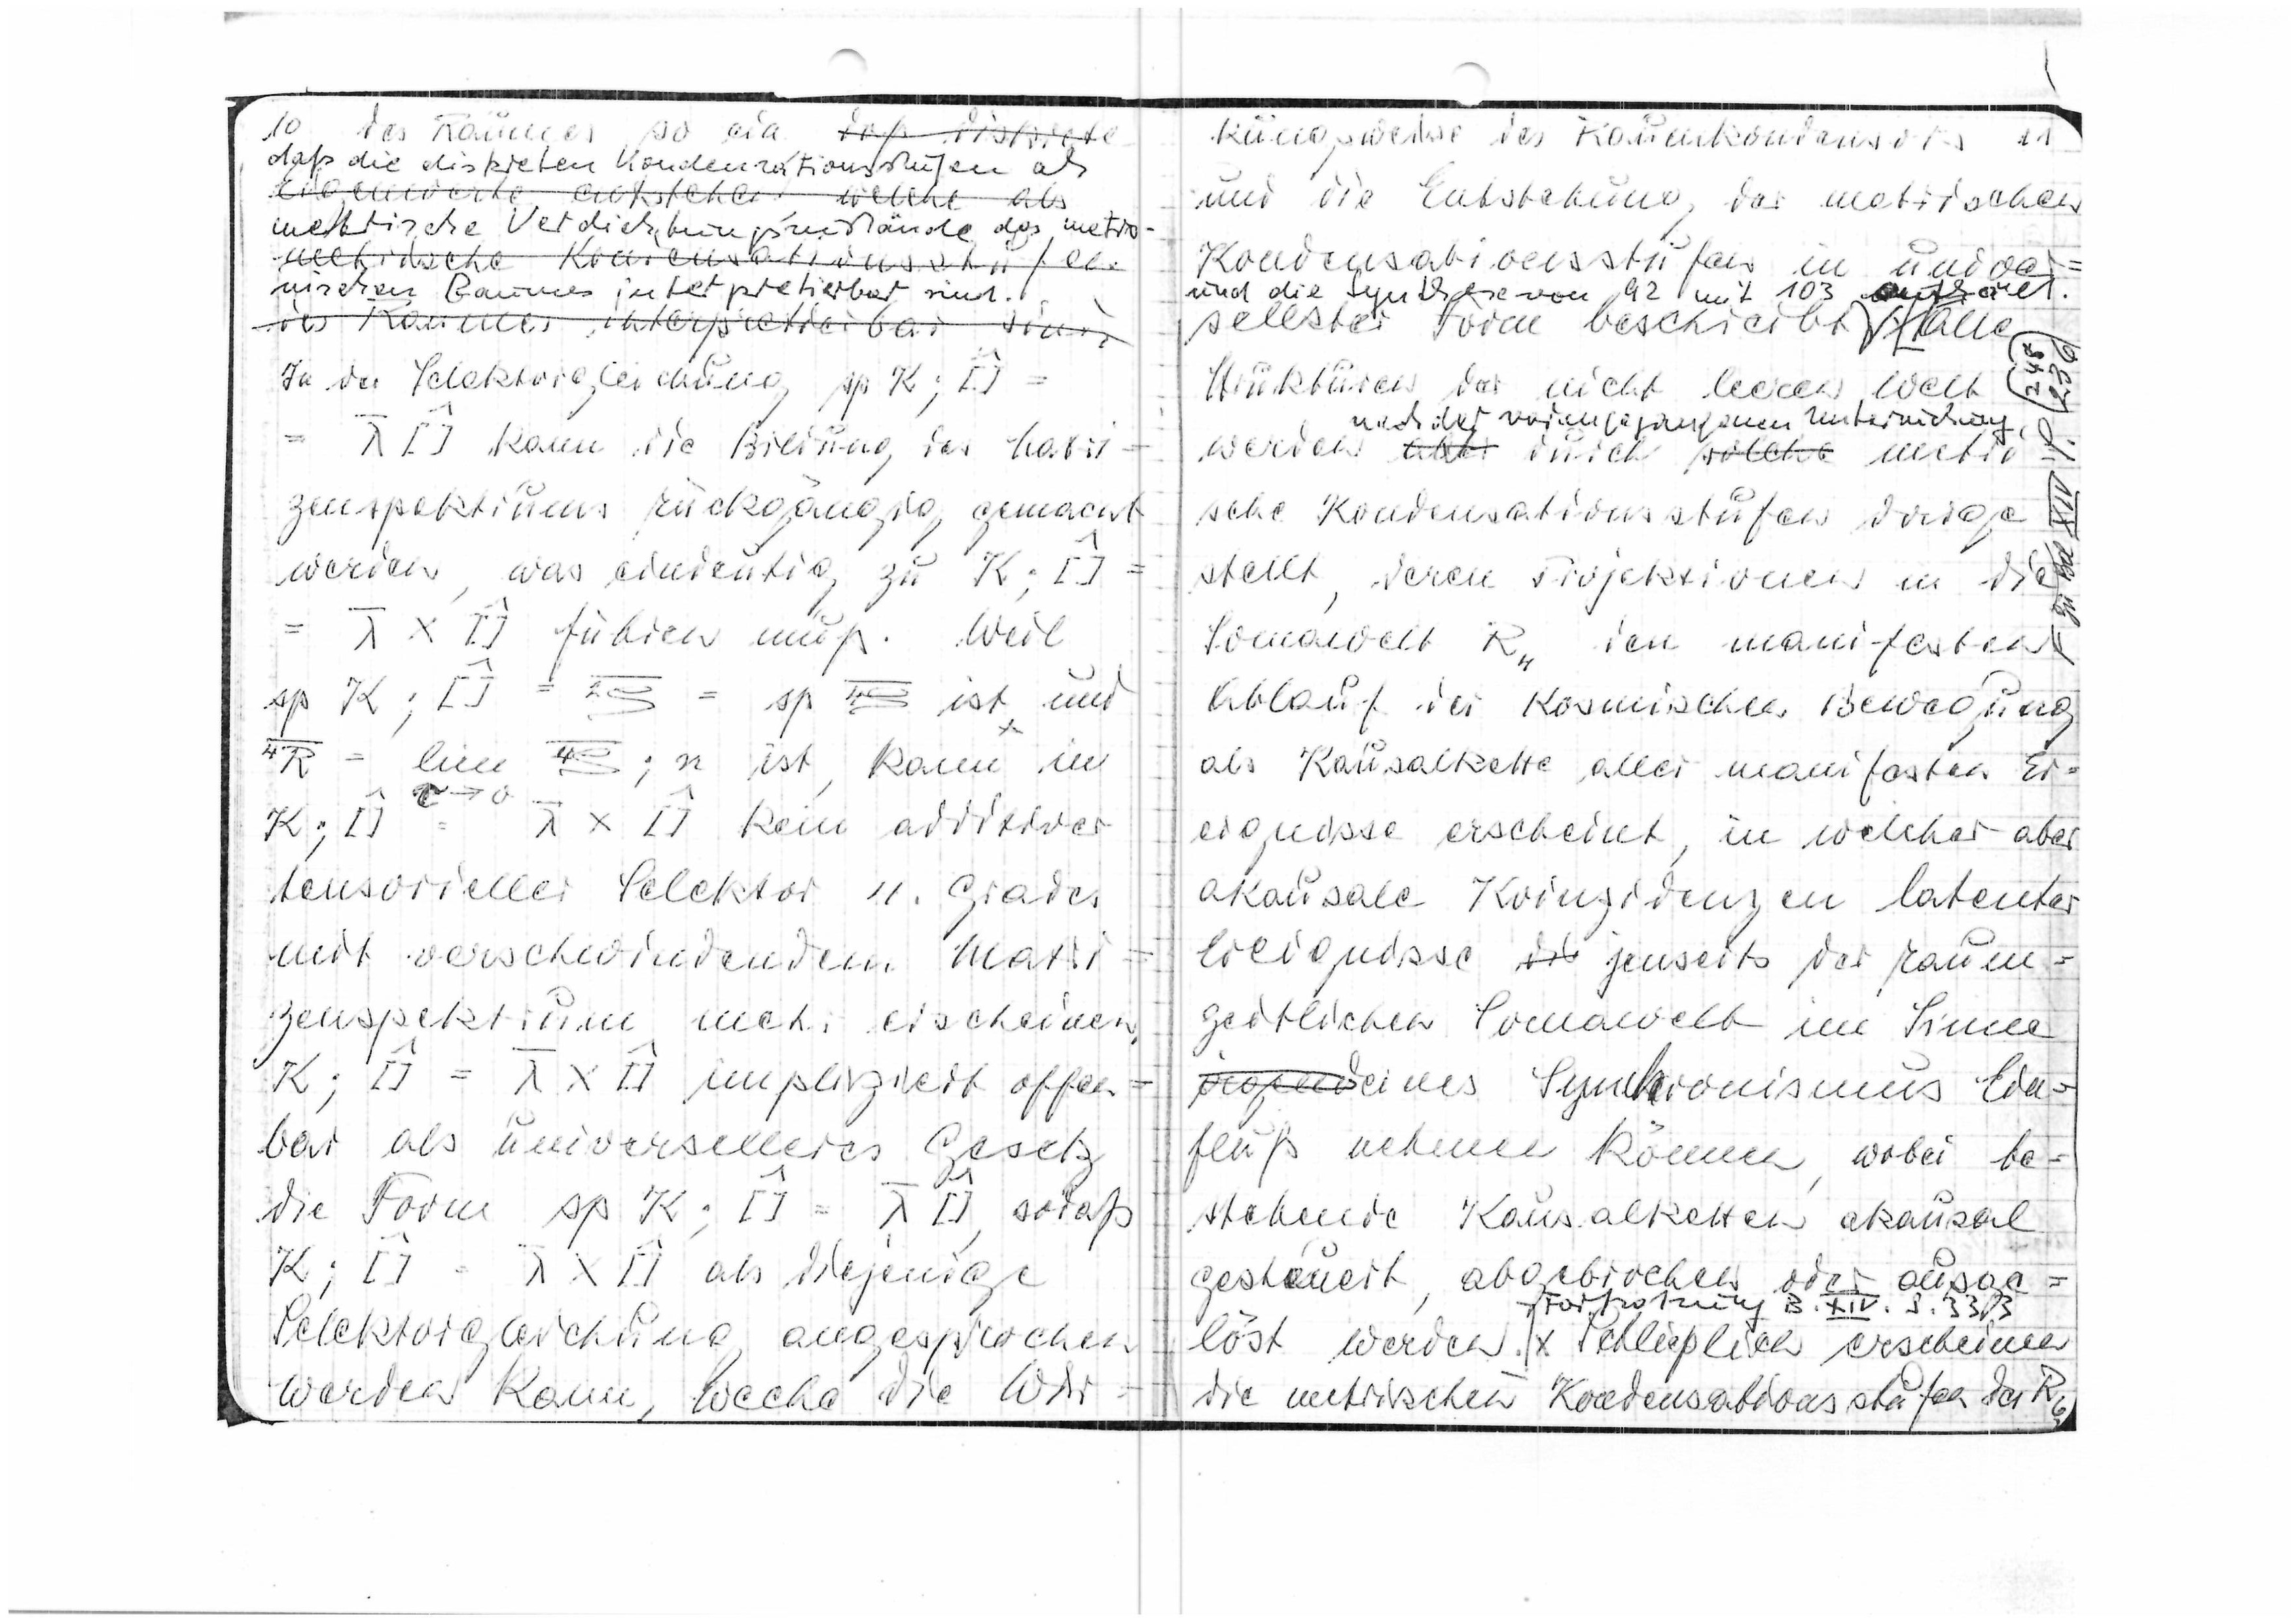
10
des Raumes so ein, daß diskrete
daß die diskreten Kondensationsstufen als
metrische Verdichtungszustände des metro
nischen Raumes interpretierbar sind.
In der Selektorgleichung Δp K;[]
= λ [] kann die Kreuzung des Matri
zenspektrums rückgängig gemacht
werden, was eindeutig zu K;[]
λ x [] führen muß. Weil
ist, dann im
kein additiver
tensorieller Selektor 4. Grades
=
mit verschwindendem Matri
zenspektrum mehr erscheinen,
impliziert offen
bar als universelleres Gesetz
die Form Δp K;[] = λ[], sa daß
K;[] = λ x [] als diejenige
Selektorgleichung angesprochen
werden kann, welche die Wir

kungsweise des Raumkondenssors
und die Entstehung der metrischen
Kondensationsstufen in univer
und die Synthese von 92 mit 103 enthält
sellster Form beschreibt. Alle
Strukturen vor nicht le Welt
und der voransgegandenen Untersuchung
werden als durch solche metr
sche Kondensationsstufen vorge
stellt, deren Projektionen in die
Somawelt R4 in manifester
Ablauf der kosmischen Bewegung
als Kausalkette aller manifeste Er
eignisse erscheint, in welcher aber
akausale Koinzidenzen latenter
Ereignisse jenseits der Raum
zeitlichen Somawelt im Sinne
eines Synchronismus Ein
fluß nehmen können, wobei be
estehende Kausalketten akausal
gesteuert abgebrochen oder ausge
Fortsetzugn B IV S.
333
löst werden ] x Schließlich erscheinen
die metrischen Kondenssationsstufen des R6